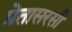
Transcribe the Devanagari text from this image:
प्रेतासरसी